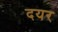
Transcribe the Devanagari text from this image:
दयर